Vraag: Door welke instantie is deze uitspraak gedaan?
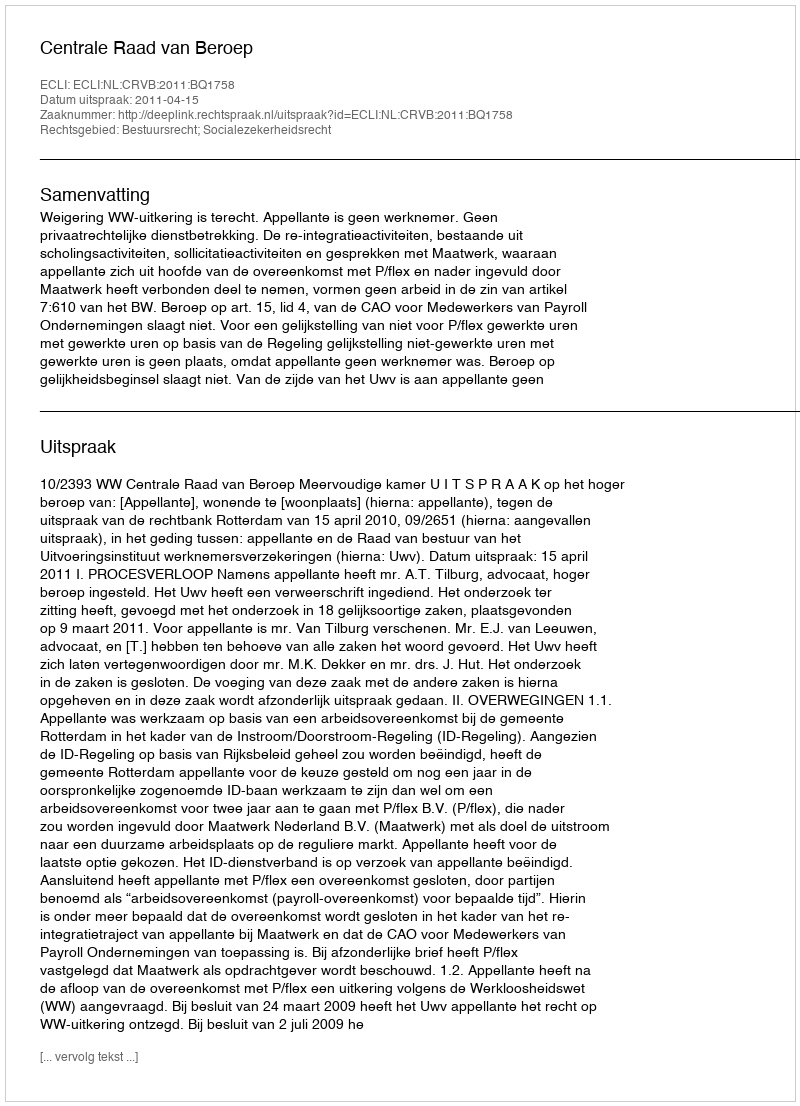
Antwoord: Centrale Raad van Beroep